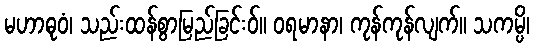
မဟာဓုဝံ၊ သည်းထန်စွာမြည်ခြင်းဝ်။ ဝရမာနာ၊ ကုန်ကုန်လျက်။ သကမ္ပိ၊